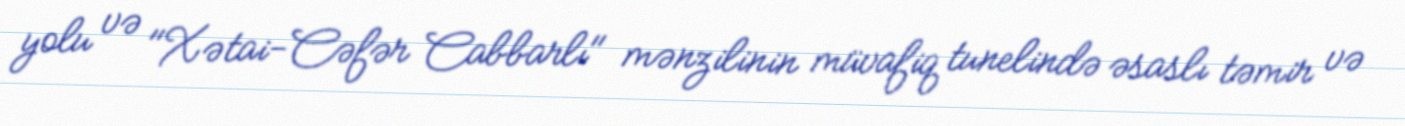
yolu və "Xətai-Cəfər Cabbarlı" mənzilinin müvafiq tunelində əsaslı təmir və